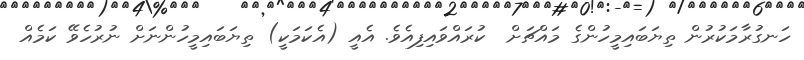
ހަނގުރާމަކުރުން ތިޔަބައިމީހުންގެ މައްޗަށް  ކުރައްވައިފިއެވެ. އެއީ (އެކަމަކީ) ތިޔަބައިމީހުންނަށް ނުރުހެވޭ ކަމެއް